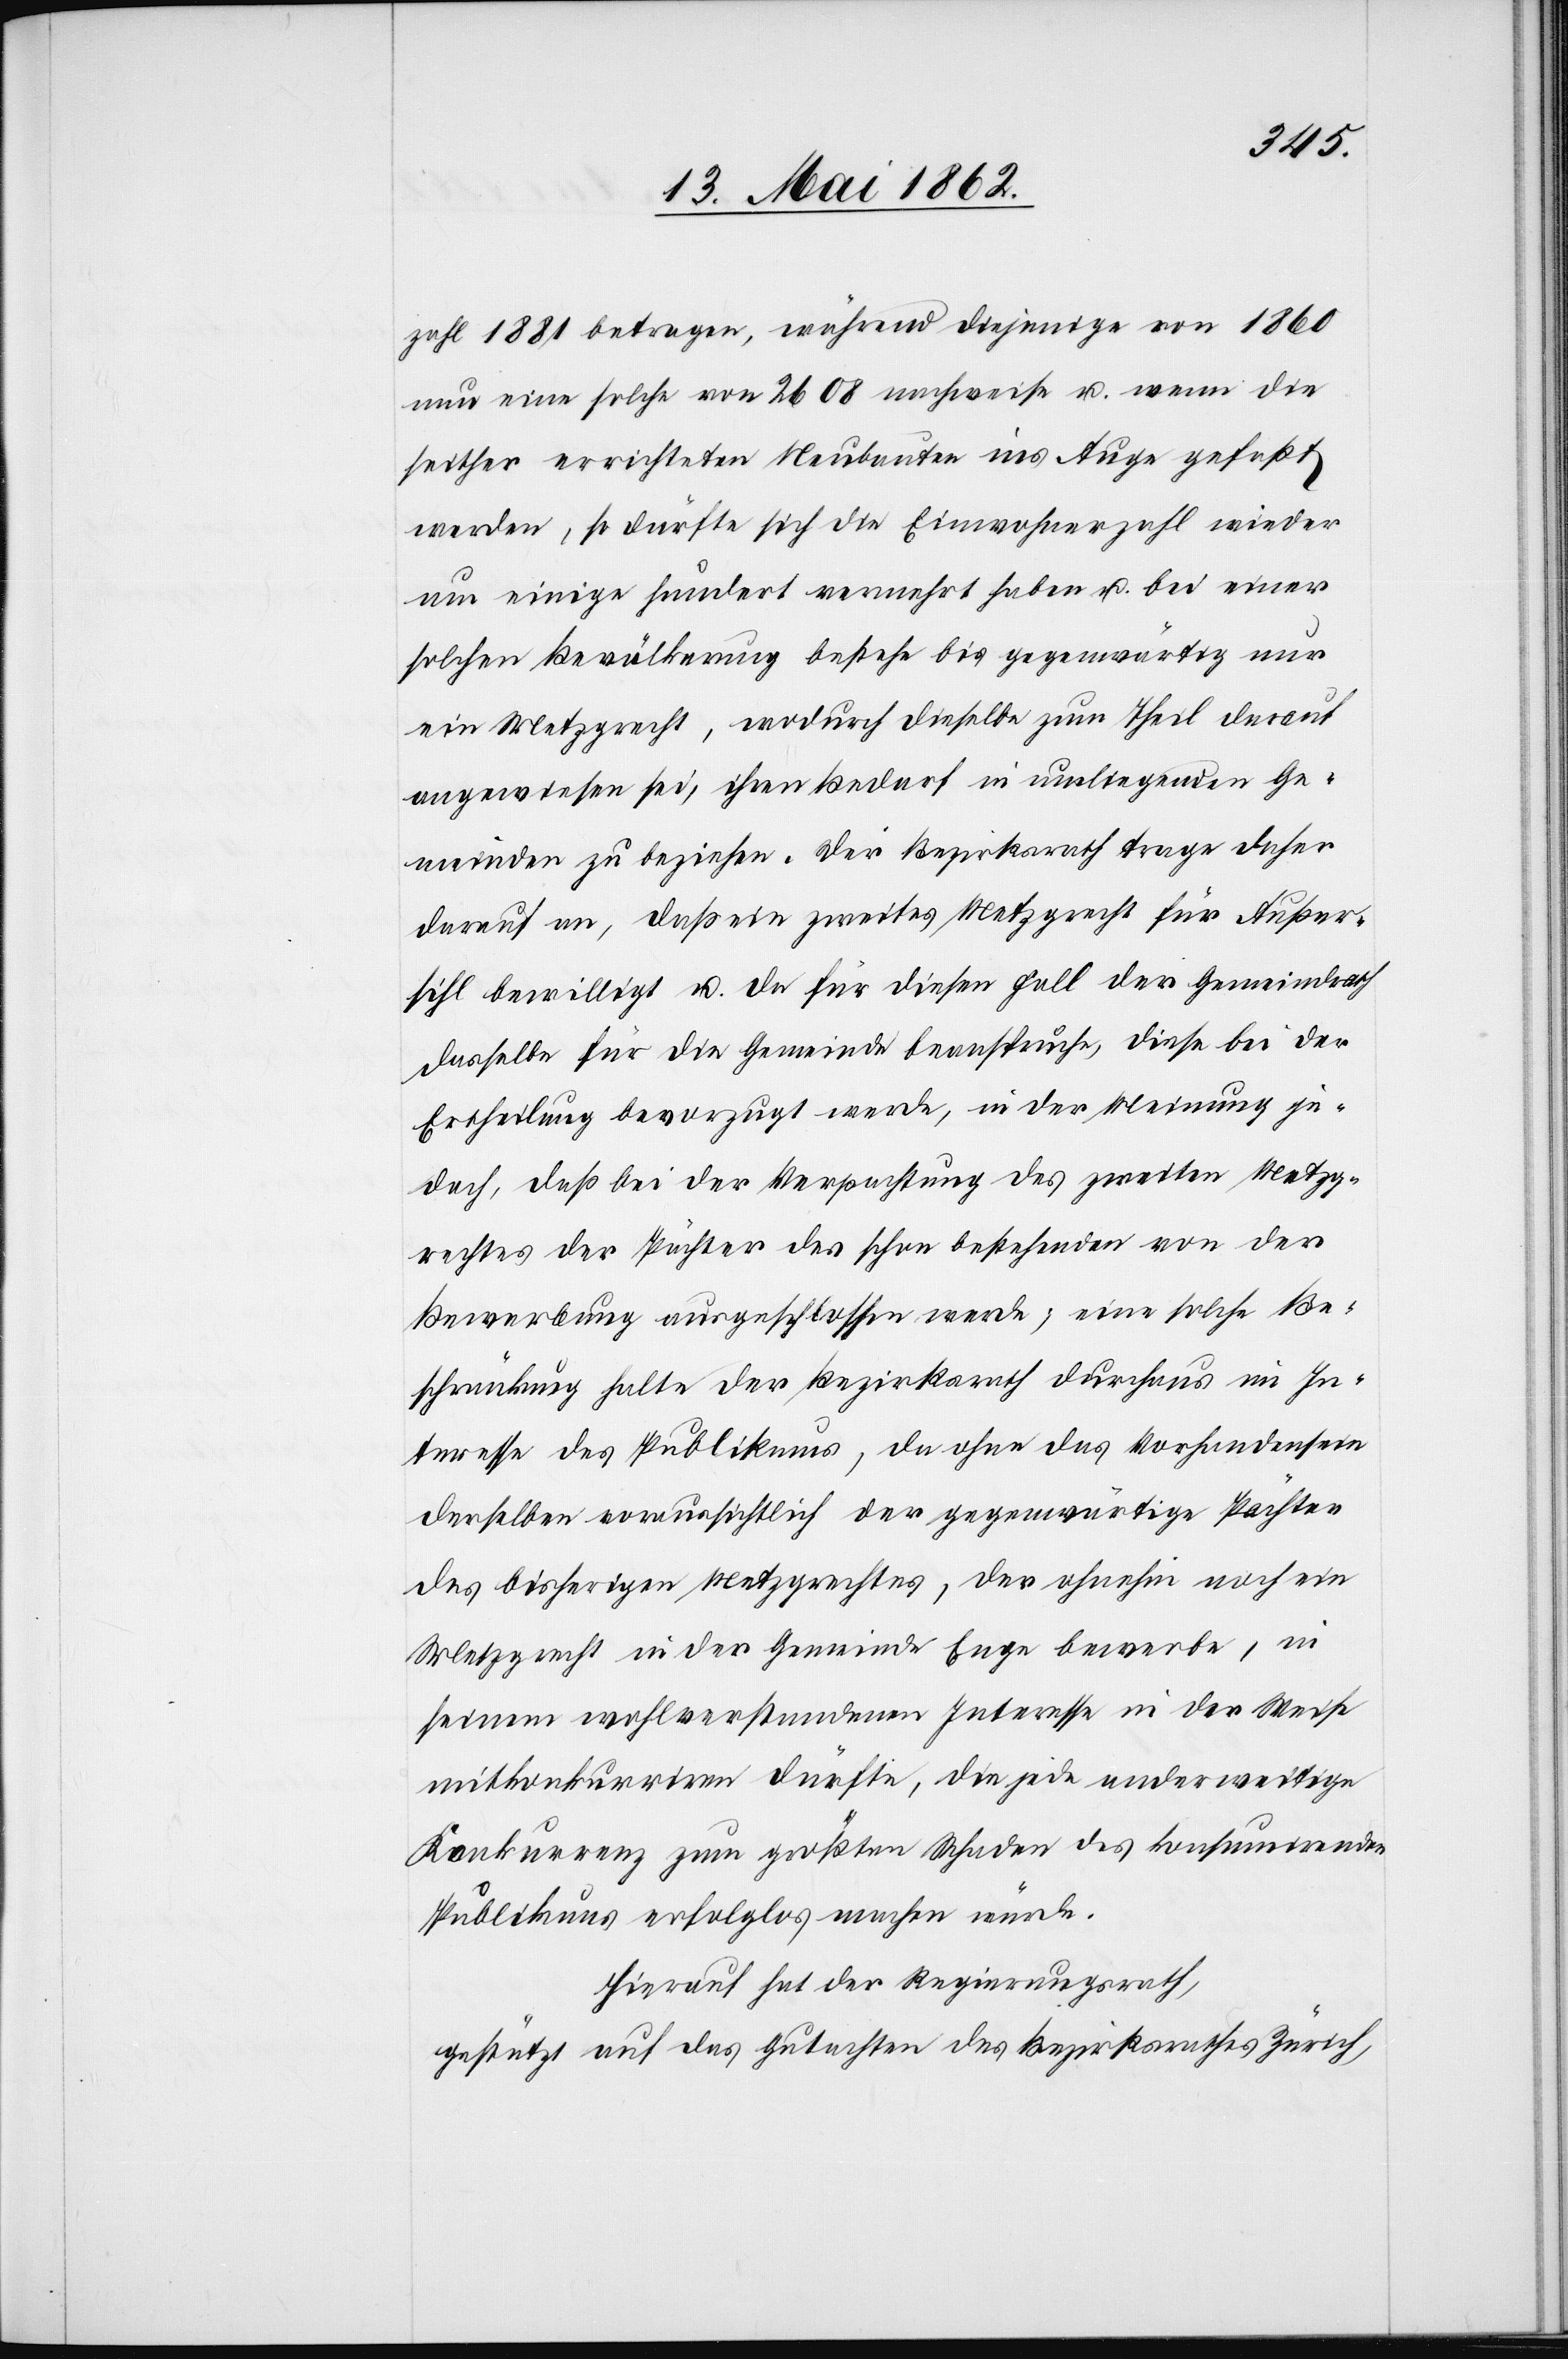
zahl 1881 betragen, während diejenige von 1860
neu eine solche von 2608 nachweise u. wenn die
seither errichteten Neubauten ins Auge gefaßt
werden, so dürfte sich die Einwohnerzahl wieder
um einige hundert vermehrt haben u. bei einer
solchen Bevölkerung bestehe bis gegenwärtig nur
ein Metzgrecht, wodurch dieselbe zum Theil darauf
angewiesen sei, ihren Bedarf in umliegenden Ge¬
meinden zu beziehen. Der Bezirksrath trage daher
darauf an, daß ein zweites Metzgrecht für Außer¬
sihl bewilligt u. da für diesen Fall der Gemeindrath
dasselbe für die Gemeinde beanspruche, diese bei der
Ertheilung bevorzugt werde, in der Meinung je¬
doch, daß bei der Verpachtung des zweiten Metzg¬
rechtes der Pächter des schon bestehenden von der
Bewerbung ausgeschlossen werde; eine solche Be¬
schränkung halte der Bezirksrath durchaus im In¬
teresse des Publikums, da ohne das Vorhandensein
derselben voraussichtlich der gegenwärtige Pächter
des bisherigen Metzgrechtes, der ohnehin noch ein
Metzgrecht in der Gemeinde Enge bewerbe, in
seinem wohlverstandenen Interesse in der Weise
mitkonkurriren dürfte, die jede anderweitige
Konkurrenz zum größten Schaden des konsumirenden
Publikums erfolglos machen würde.
Hierauf hat der Regierungsrath,
gestützt auf das Gutachten des Bezirksrathes Zürich,